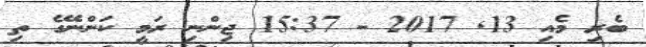
ބެރި މެއި 13